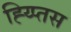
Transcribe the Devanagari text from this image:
ह्य्प्तिस